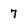
Character: 7